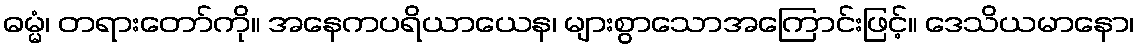
ဓမ္မံ၊ တရားတော်ကို။ အနေကပရိယာယေန၊ များစွာသောအကြောင်းဖြင့်။ ဒေသိယမာနော၊